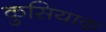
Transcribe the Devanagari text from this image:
कुसियाक